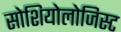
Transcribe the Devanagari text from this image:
सोशियोलोजिस्ट